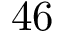
4 6